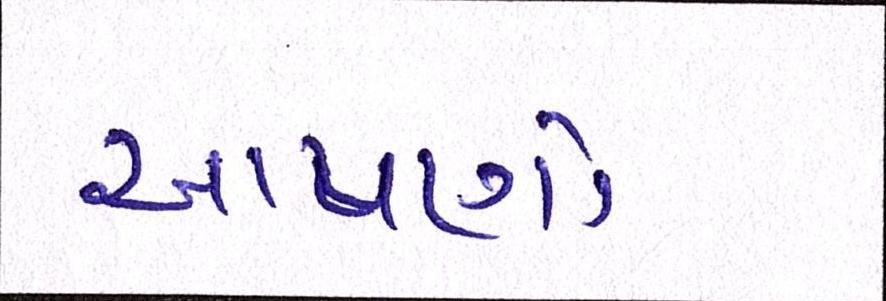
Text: આપણો